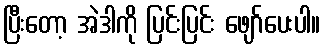
ပြီးတော့ အဲဒါကို ပြင်းပြင်း ဖျော်ပေးပါ။